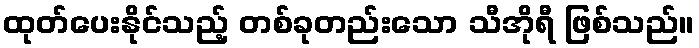
ထုတ်ပေးနိုင်သည့် တစ်ခုတည်းသော သီအိုရီ ဖြစ်သည်။